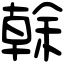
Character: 𠏉